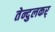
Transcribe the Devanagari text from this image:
तेन्दुलकर्